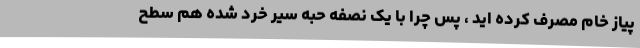
پیاز خام مصرف کرده اید ، پس چرا با یک نصفه حبه سیر خرد شده هم سطح